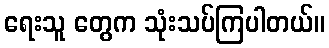
ရေးသူ တွေက သုံးသပ်ကြပါတယ်။